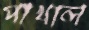
পাখাল